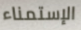
الإستمناء